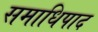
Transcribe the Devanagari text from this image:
समाधिपाद